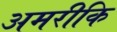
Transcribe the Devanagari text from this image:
अमरीकि